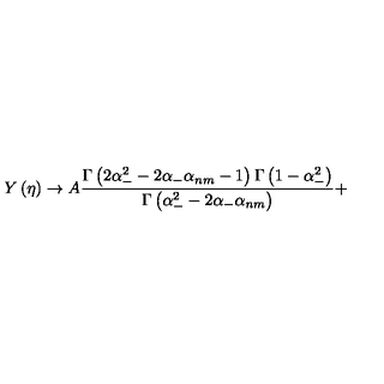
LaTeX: Y \left( \eta \right) \rightarrow A \frac { \Gamma \left( 2 \alpha _ { - } ^ { 2 } - 2 \alpha _ { - } \alpha _ { n m } - 1 \right) \Gamma \left( 1 - \alpha _ { - } ^ { 2 } \right) } { \Gamma \left( \alpha _ { - } ^ { 2 } - 2 \alpha _ { - } \alpha _ { n m } \right) } +